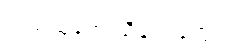
ဘယ်သူ့တေးသီချင်းတွေလဲ။